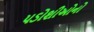
પડોશીઓનો